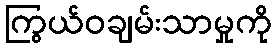
ကြွယ်ဝချမ်းသာမှုကို